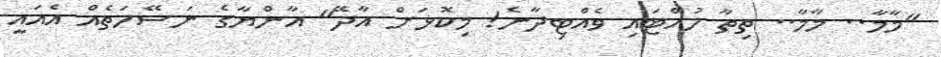
"މާމާ.. މާމާ.. ތިތާ ހުއްޓައި ވެއްޓިދާނެ! މިކޮޅަށް އާދޭ" އާންޔާގެ ނަސޭހަތެއް އެއައީ